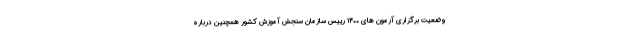
وضعیت برگزاری آزمون های ۱۴۰۰ رییس سازمان سنجش آموزش کشور همچنین درباره